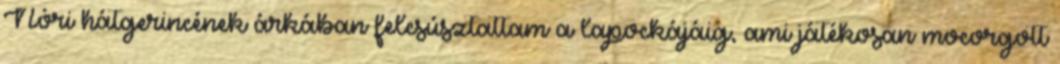
Nóri hátgerincének árkában felcsúsztattam a lapockájáig, ami játékosan mocorgott